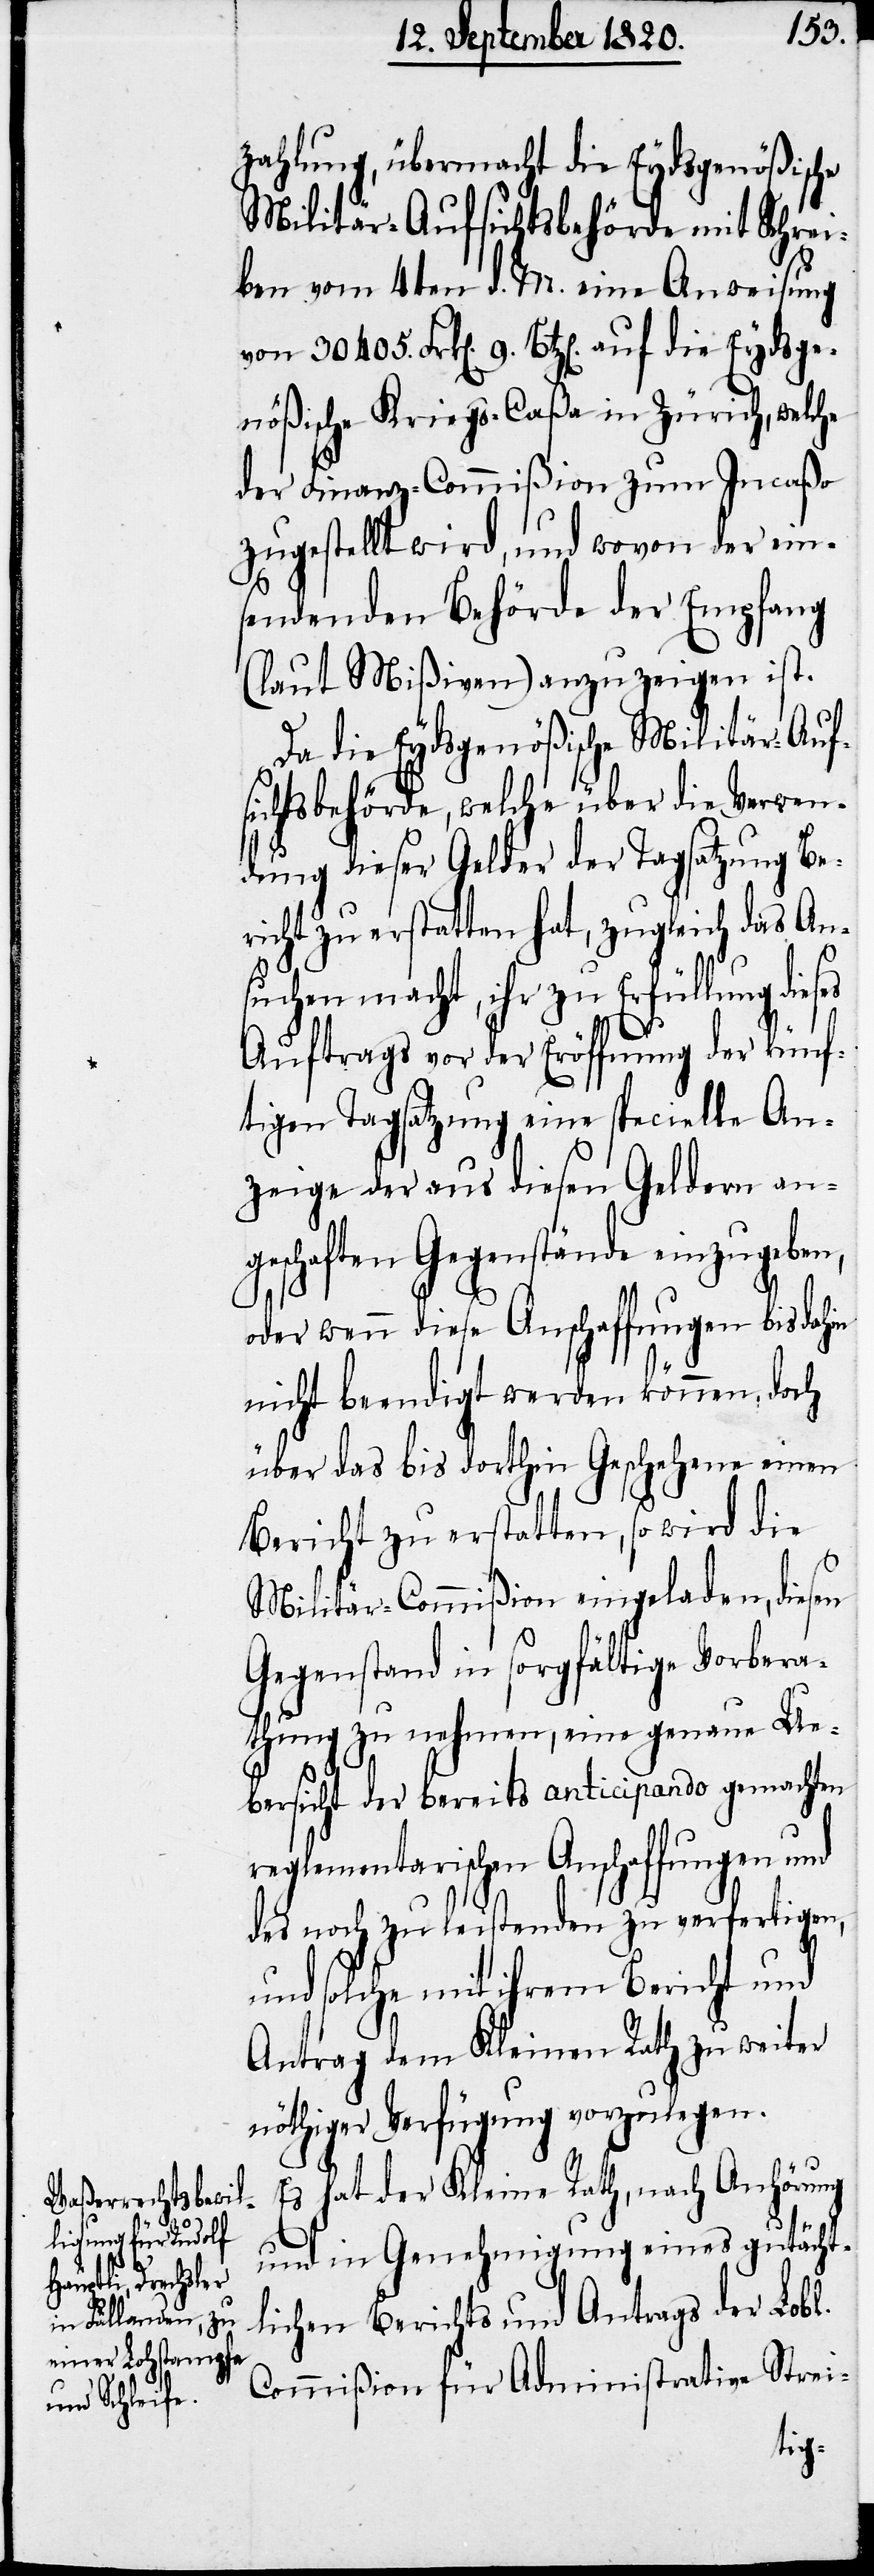
Zahlung, übermacht die Eydsgenößische
Militär-Aufsichtsbehörde mit Schrei¬
ben vom 4ten d. M. eine Anweisung
nößische Kriegs-Caßa in Zürich, welche
der Finanz-Commißion zum Incaßa
zugestellt wird, und wovon der ein¬
sendenden Behörde der Empfang
(laut Mißiven) anzuzeigen ist.
Da die Eydsgenößische Militär-Auf¬
sichtsbehörde, welche über die Verwen¬
dung dieser Gelder der Tagsatzung Be¬
richt zu erstatten hat, zugleich das An¬
r¬
suchen macht, ihr zu Erfüllung dieses
Auftrags vor der Eröffnung der künf¬
tigen Tagsatzung eine specielle An¬
zeige der aus diesen Geldern ang¬
eschaften Gesamtstände einzugebe¬
oder wenn diese Anschaffungen bis dahin
nicht beendigt werden können, doch
über das bis dorthin Geschehene einen
Bericht zu erstatten, so wird die
Militär-Commißion eingeladen, diesen
Gegenstand in sorgfältige Vorbera¬
thung zu nehmen, eine genaue Ue¬
bersicht der bereits anticipando gemachten
eglementarischen Anschaffungen
des noch zu leistenden zu verfertigen,
und solche mit ihrem Bericht und
Antrag dem Kleinen Rath zu weiter
nöthiger Verfügung vorzulegen.
Es hat der Kleine Rath, nach Anhörung
und in Genehmigung eines gutächt¬
lichen Berichts und Antrags der Lobl.
Commißion für Administrative Strei-
Eydsge¬